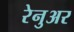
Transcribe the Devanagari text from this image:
रेनुअर